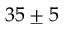
3 5 \pm 5